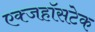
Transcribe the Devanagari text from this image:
एक्जहॉसटेक